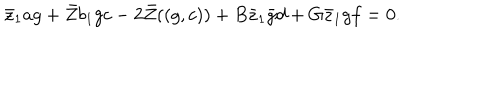
LaTeX: \bar { z } _ { 1 } a g + \bar { Z } b _ { 1 } g c - 2 \bar { Z } ( ( g , c ) ) + B \bar { z } _ { 1 } \bar { g } d + G \bar { z } _ { 1 } g f = 0 .